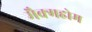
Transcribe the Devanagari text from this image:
मैक्महोम